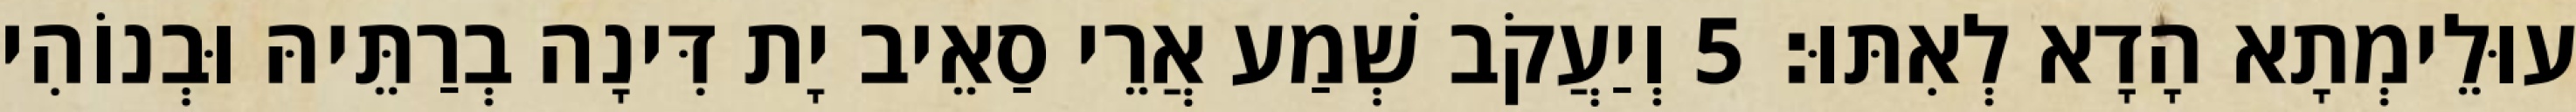
עוּלֵימְתָא הָדָא לְאִתּוּ׃ 5 וְיַעֲקֹב שְׁמַע אֲרֵי סַאֵיב יָת דִּינָה בְרַתֵּיהּ וּבְנוֹהִי